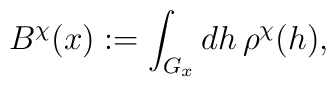
B^\chi (x) := 	\int_{G_x} dh \, \rho^\chi (h),